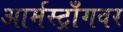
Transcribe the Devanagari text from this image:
आर्मस्ट्राँगवर